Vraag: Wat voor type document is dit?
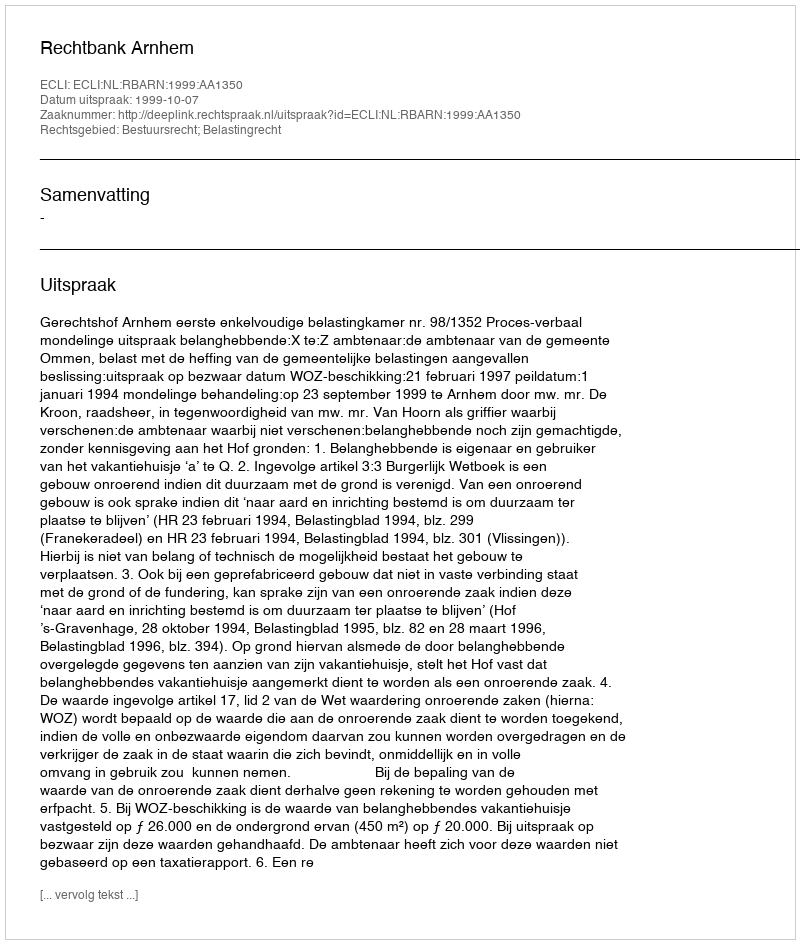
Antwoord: Uitspraak